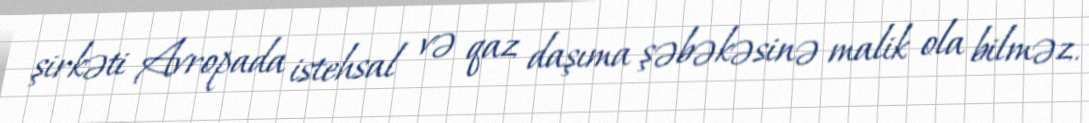
şirkəti Avropada istehsal və qaz daşıma şəbəkəsinə malik ola bilməz.